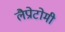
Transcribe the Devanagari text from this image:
लैप्रोटोमी